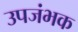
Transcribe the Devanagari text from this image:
उपजंभक